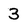
Character: 3